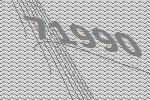
71990